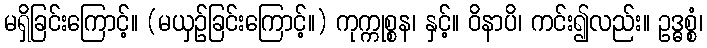
မရှိခြင်းကြောင့်။ (မယှဉ်ခြင်းကြောင့်။) ကုက္ကုစ္စန၊ နှင့်။ ဝိနာပိ၊ ကင်း၍လည်း။ ဥဒ္ဓစ္စံ၊